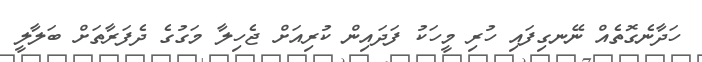
ހަދާނެގޮތެއް ނޭނގިފައި ހުރި މީހަކު ފަދައިން ކުރިއަށް ޖެހިލާ މަގުގެ ދެފަރާތަށް ބަލާލީ